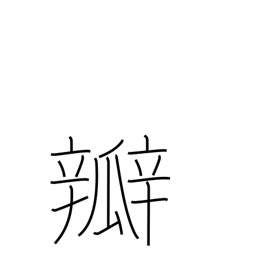
Meaning: valve